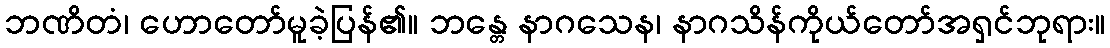
ဘဏိတံ၊ ဟောတော်မူခဲ့ပြန်၏။ ဘန္တေ နာဂသေန၊ နာဂသိန်ကိုယ်တော်အရှင်ဘုရား။